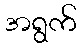
အရွက်